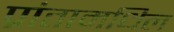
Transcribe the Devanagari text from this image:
प्रांतामधिल